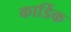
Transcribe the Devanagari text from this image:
कार्डिक